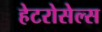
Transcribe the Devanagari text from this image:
हेटरोसेल्स